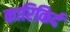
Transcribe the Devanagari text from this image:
कारिकिर्द